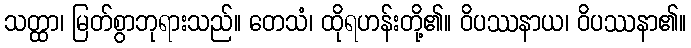
သတ္ထာ၊ မြတ်စွာဘုရားသည်။ တေသံ၊ ထိုရဟန်းတို့၏။ ဝိပဿနာယ၊ ဝိပဿနာ၏။